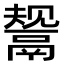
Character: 鬶